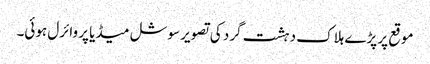
موقع پر پڑے ہلاک دہشت گرد کی تصویر سوشل میڈیا پر وائرل ہوئی۔